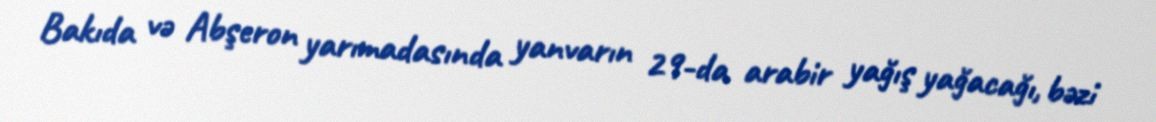
Bakıda və Abşeron yarımadasında yanvarın 29-da arabir yağış yağacağı, bəzi